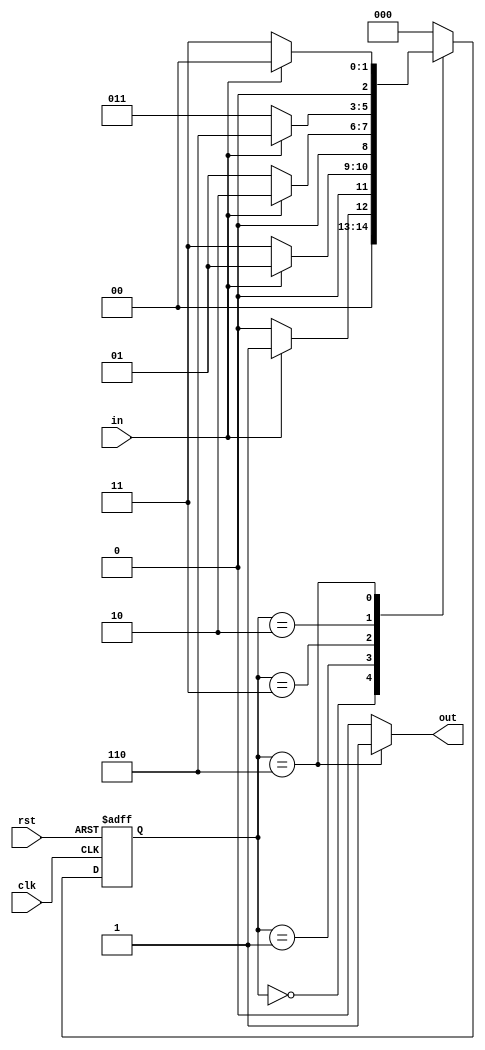
`timescale 1ns / 1ps
//////////////////////////////////////////////////////////////////////////////////
// Company: 
// Engineer: 
// 
// Design Name: 
// Module Name:    seque_detect 
// Project Name: 
// Target Devices: 
// Tool versions: 
// Description: 
//
// Dependencies: 
//
// Revision: 
// Revision 0.01 - File Created
// Additional Comments: 
//
//////////////////////////////////////////////////////////////////////////////////
module seque_detect(clk,rst,in,out);
	 input clk;
    input rst;
    input in;
    output reg out;
	 parameter zero=3'b000,
					one=3'b001,
					two=3'b011,
					three=3'b010,
					four=3'b110;
	reg [2:0] cur_state,next_state;
	
	always @(posedge clk,posedge rst)
	begin
	if(rst==1)
	 cur_state<=zero;
	 else
	 cur_state<=next_state;
	end
	
	always @(cur_state,in)
	begin
	case(cur_state)
	zero:
		begin
		if(in==1)
		next_state<= one;
		else
		next_state<=zero;
		end
	one:
	begin
		if(in==1)
		next_state<= one;
		else
		next_state<=two;
		end
	two:
	begin
		if(in==1)
		next_state<= three;
		else
		next_state<=one;
		end
	three:
	begin
		if(in==1)
		next_state<= four;
		else
		next_state<=two;
		end
	four:
	begin
		if(in==1)
		next_state<= zero;
		else
		next_state<=two;
		end
	default : next_state<=zero;
	endcase
	end
	
	always @(cur_state)
	begin
		case(cur_state)
			zero: out=0;
			one: out=0;
			two: out=0;
			three: out=0;
			four: out=1;
			default:out=0;
		endcase
	end

endmodule